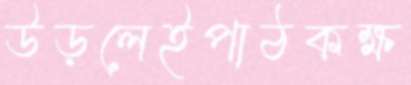
উড়লেইপাঠকক্ষ